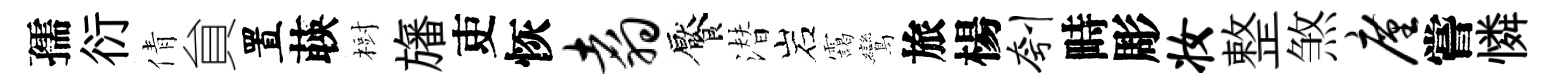
孺衍倩貟置𦴤𣗳旛吏恢翥饜潜岩靄鸞旅楊刳畤彫妆整煞廑嘗憐